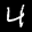
Digit: 4